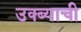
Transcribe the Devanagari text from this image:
उक्ब्याची